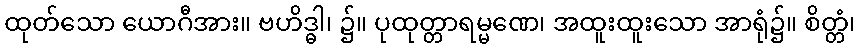
ထုတ်သော ယောဂီအား။ ဗဟိဒ္ဓါ၊ ၌။ ပုထုတ္တာရမ္မဏေ၊ အထူးထူးသော အာရုံ၌။ စိတ္တံ၊